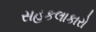
સહકલાકારો